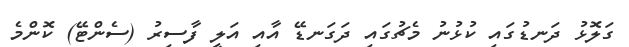
ގަލޮޅު ދަނޑުގައި ކުޅުނު މެޗުގައި ދަގަނޑޭ އާއި އަލީ ފާސިރު (ސެންޓޭ) ކޮންމެ